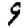
Digit: 9